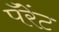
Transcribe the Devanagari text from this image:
पॅरेंट